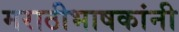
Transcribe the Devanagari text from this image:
मराठीभाषकांनी